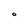
Character: O